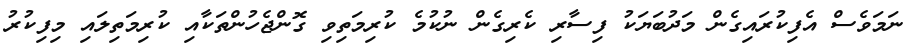
ނަމަވެސް އެފިކުރައިގެން މަދުބަޔަކު ފިސާރި ކެރިގެން ނުކުމެ ކުރިމަތިވި ގޮންޖެހުންތަކާއި ކުރިމަތިލައި މިފިކުރު